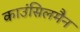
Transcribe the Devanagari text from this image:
काउंसिलमैन